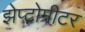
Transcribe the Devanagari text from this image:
झेप्टोमीटर